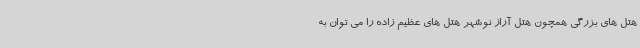
هتل های بزرگی همچون هتل آراز نوشهر هتل های عظیم زاده را می توان به